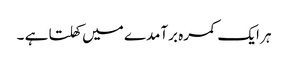
ہر ایک کمرہ برآمدے میں کھلتا ہے ۔